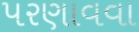
પરણાવવા